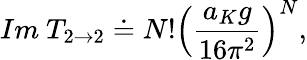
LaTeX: Im~T_{2\rightarrow 2}\doteq N!\left(\displaystyle{\frac{a_{K}g}{16\pi^{2}}}\right)^{N},